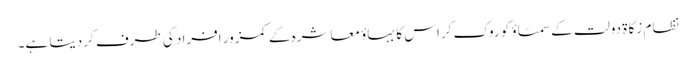
نظام زکاة دولت کے سمٹاؤ کو روک کر اس کا بہاؤ معاشرہ کے کمزور افراد کی طرف کردیتا ہے۔